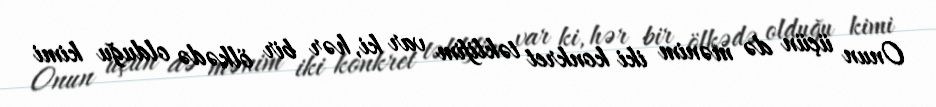
Onun üçün də mənim iki konkret təklifim var ki, hər bir ölkədə olduğu kimi